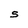
Character: S